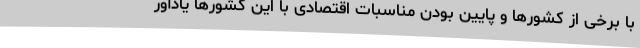
با برخی از کشورها و پایین بودن مناسبات اقتصادی با این کشورها یادآور